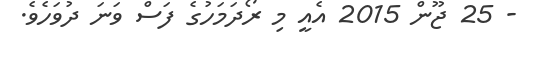
- 25 ޖޫން 2015 އެއީ މި ރޯދަމަހުގެ ފަސް ވަނަ ދުވަހެވެ.